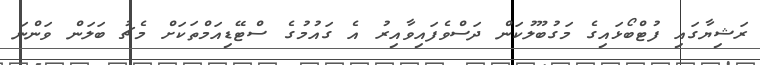
ރަޝިޔާގައި ފުޓްބޯޅައިގެ މަގުބޫލުކަން ދަސްވެފައިވާއިރު އެ ގައުމުގެ ސްޓޭޑިއަމްތަކަށް މެޗު ބަލަން ވަންނަ